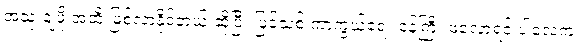
အသုံးချဖို့ အထိ ဖြစ်လာနိုင်တယ် ဆိုပြီး ပြင်သစ် ကာကွယ်ရေး ဝန်ကြီး ဖလောရင့် ပါလေက